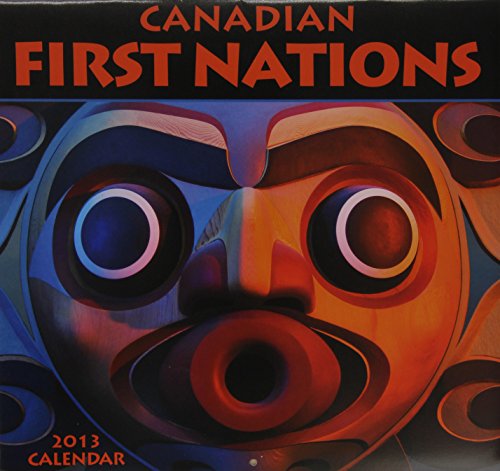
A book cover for First Nations 2013 Calendar; Wyman Publishing; Calendars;